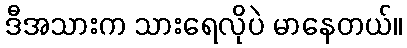
ဒီအသားက သားရေလိုပဲ မာနေတယ်။